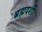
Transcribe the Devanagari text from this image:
ब्रह्मदर्शी